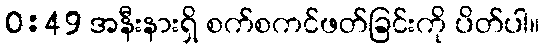
0:49 အနီးနားရှိ စက်စကင်ဖတ်ခြင်းကို ပိတ်ပါ။